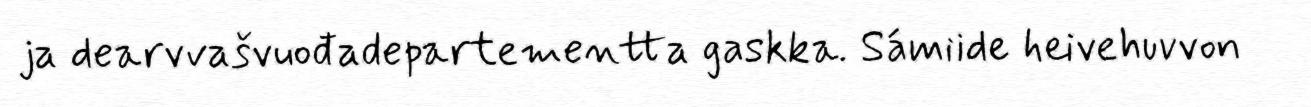
ja dearvvašvuođadepartementta gaskka. Sámiide heivehuvvon